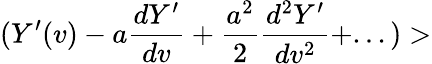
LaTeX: (Y^{\prime}(v)-a{\frac{dY^{\prime}}{dv}}+{\frac{a^{2}}{2}}{\frac{d^{2}Y^{\prime}}{dv^{2}}}+...)>